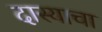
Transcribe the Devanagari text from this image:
दास्याचा